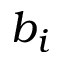
b _ { i }